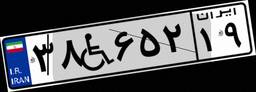
۳۸W۶۵۲۱۹